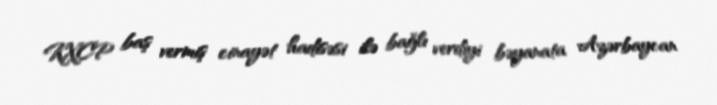
KXCP baş vermiş cinayət hadisəsi ilə bağlı verdiyi bəyanata Azərbaycan